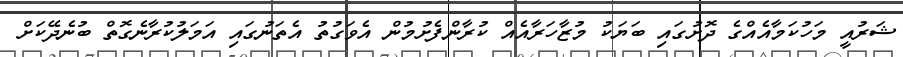
ޝަރުއީ މަހުކަމާއެއްގެ ދޮށުގައި ބަޔަކު މުޒާހަރާއެއް ކުރާންފެށުމުން އެވަގުތު އެތަނުގައި އަމަލުކުރާނެގޮތް ބުނެދޭކަށް